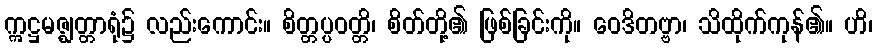
ဣဋ္ဌမဇ္ဈတ္တာရုံ၌ လည်းကောင်း။ စိတ္တပ္ပဝတ္တိ၊ စိတ်တို့၏ ဖြစ်ခြင်းကို။ ဝေဒိတဗ္ဗာ၊ သိထိုက်ကုန်၏။ ဟိ၊